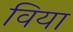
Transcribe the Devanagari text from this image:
विया